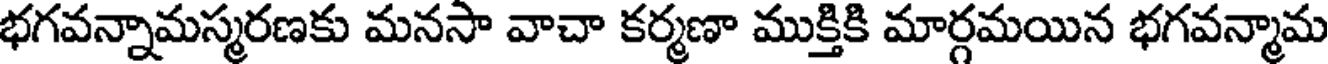
భగవన్నామస్మరణకు మనసా వాచా కర్మణా ముక్తికి మార్గమయిన భగవన్మామ